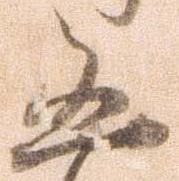
凶